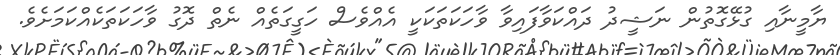
ޔާމީނާއި ގުޅޭގޮތުން ނަޝީދު ދައްކަވާފައިވާ ވާހަކަތަކަކީ އެއްވެސް ހަގީގަތެއް ނެތް ދޮގު ވާހަކަތަކެއްކަމަށެވެ.